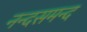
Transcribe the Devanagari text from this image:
नन्‍दसमन्‍द